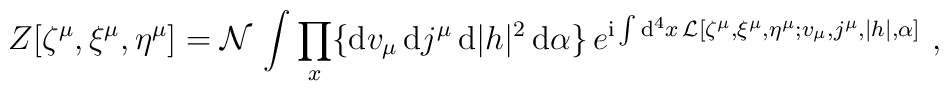
Z[\zeta^{\mu}, \xi^{\mu}, \eta^{\mu}] = {\cal N} \, \int \prod_x \{ {\rm d}v_{\mu} \, {\rm d}j^{\mu} \,   {\rm d}|h|^2 \, {\rm d}\alpha \} \,   e^{{\rm i} \int {\rm d}^4 x \,     {\cal L}[\zeta^{\mu}, \xi^{\mu}, \eta^{\mu};     v_{\mu},j^{\mu},|h|,\alpha]}     \  ,